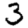
Digit: 3